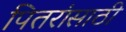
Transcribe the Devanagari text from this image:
पितरांसाठी